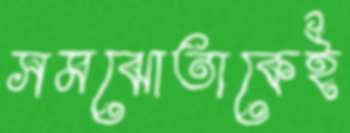
সমঝোতাকেই